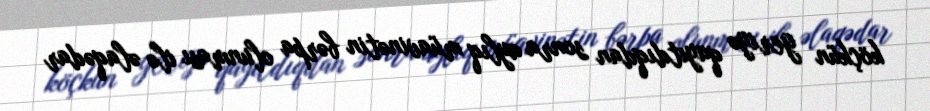
köçkün geriyə qayıtdıqdan sonra aylıq müavinətin bərpa olunması ilə əlaqədar